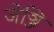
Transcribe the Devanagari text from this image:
जेञ्जि